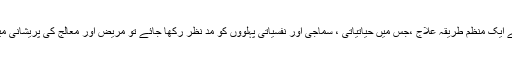
شوگر کو کنٹرول کرنے کے لئے ایک منظم طریقہ علاج ،جس میں حیاتیاتی ، سماجی اور نفسیاتی پہلوؤں کو مد نظر رکھا جائے تو مریض اور معالج کی پریشانی میں نمایاں کمی واقع ہو سکتی ہے۔